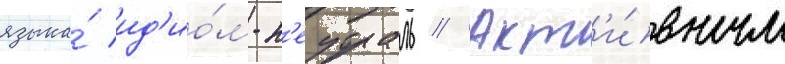
языка́ ид'ио́м-н'еутраль // Акт'и́вным